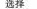
③有助于引导劳动者培养多元技能，提高抵御失业风险的能力